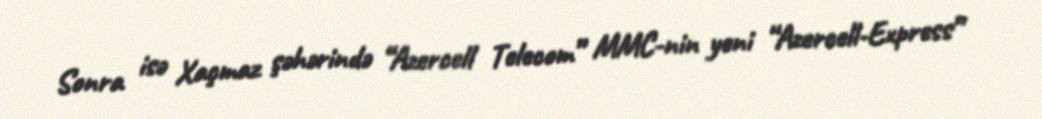
Sonra isə Xaçmaz şəhərində “Azercell Telecom” MMC-nin yeni “Azercell-Express”